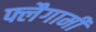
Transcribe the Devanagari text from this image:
फ्लैगामी